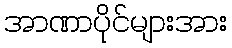
အာဏာပိုင်များအား